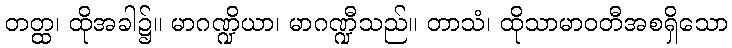
တတ္ထ၊ ထိုအခါ၌။ မာဂဏ္ဍိယာ၊ မာဂဏ္ဍီသည်။ တာသံ၊ ထိုသာမာဝတီအစရှိသော